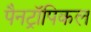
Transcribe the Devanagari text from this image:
पैनट्रॉपिकल